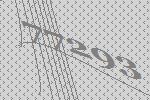
77293